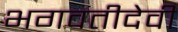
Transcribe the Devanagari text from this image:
भगवतीदेवी